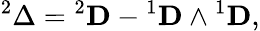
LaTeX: {}^{2}\Delta={}^{2}\mathbf{D}-{}^{1}\mathbf{D}\wedge{}^{1}\mathbf{D},